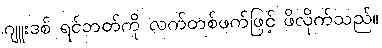
ဂျူးဒစ် ရင်ဘတ်ကို လက်တစ်ဖက်ဖြင့် ဖိလိုက်သည်။